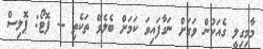
މާމިގިލީ ގެއަކުން ވަގަށް ނަގާފައިވަ ކަމަށް ބެލެވޭ ތަކެތި -- ފޮޓޯ: ޕޮލިސް